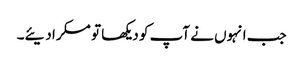
جب انہوں نے آپ کو دیکھا تو مسکرا دیئے۔